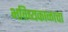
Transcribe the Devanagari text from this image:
भविष्यकाळाचा